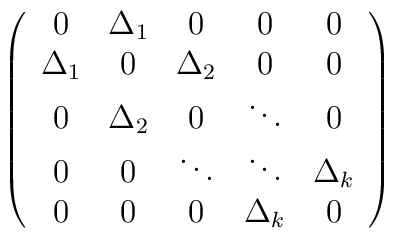
\left(\begin{array}{ccccc}0 & \Delta _1 & 0 & 0 & 0 \\\Delta _1 & 0 & \Delta _2 & 0 & 0 \\0 & \Delta _2 & 0 & \ddots & 0 \\0 & 0 & \ddots & \ddots & \Delta _k \\0 & 0 & 0 & \Delta _k & 0\end{array}\right)